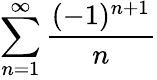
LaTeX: \sum_{n=1}^{\infty}{\frac{(-1)^{n+1}}{n}}